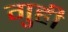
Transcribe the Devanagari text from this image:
गुही